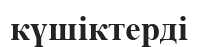
күшіктерді